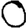
Digit: 0